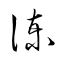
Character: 諌